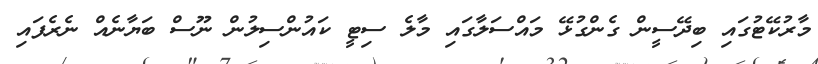
މާރުކޭޓުގައި ބިދޭސީން ގެންގުޅޭ މައްސަލާގައި މާލެ ސިޓީ ކައުންސިލުން ނޫސް ބަޔާނެއް ނެރެފައި